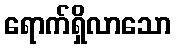
ရောက်ရှိလာသော